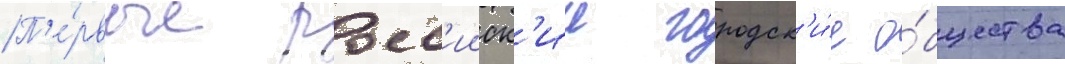
П'е́рвые росс'ииск'ие городск'и́е о́бщества